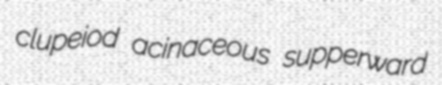
clupeiod acinaceous supperward